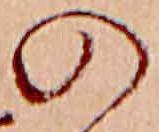
の